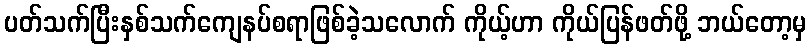
ပတ်သက်ပြီးနှစ်သက်ကျေနပ်စရာဖြစ်ခဲ့သလောက် ကိုယ့်ဟာ ကိုယ်ပြန်ဖတ်ဖို့ ဘယ်တော့မှ